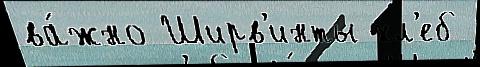
ва́жно Ширв'инты хл'еб